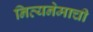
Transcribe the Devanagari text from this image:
नित्यनेमाची